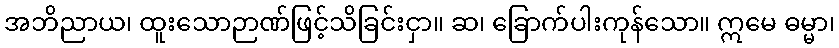
အဘိညာယ၊ ထူးသောဉာဏ်ဖြင့်သိခြင်းငှာ။ ဆ၊ ခြောက်ပါးကုန်သော။ ဣမေ ဓမ္မာ၊